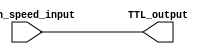
module TTL_buffer (
    input wire high_speed_input,
    output wire TTL_output
);

assign TTL_output = high_speed_input;

endmodule